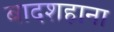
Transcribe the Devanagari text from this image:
बादशहाना